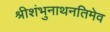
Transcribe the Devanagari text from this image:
श्रीशंभुनाथनतिमेव